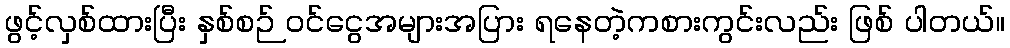
ဖွင့်လှစ်ထားပြီး နှစ်စဉ် ဝင်ငွေအများအပြား ရနေတဲ့ကစားကွင်းလည်း ဖြစ် ပါတယ်။